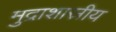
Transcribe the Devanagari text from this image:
मुद्राशास्रीय